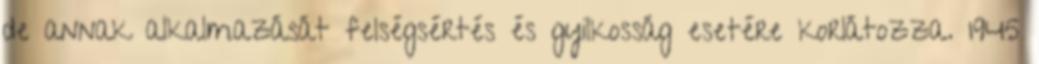
de annak alkalmazását felségsértés és gyilkosság esetére korlátozza. 1945